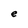
Character: e